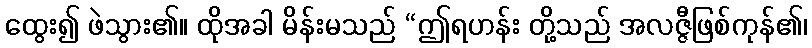
ထွေး၍ ဖဲသွား၏။ ထိုအခါ မိန်းမသည် “ဤရဟန်း တို့သည် အလဇ္ဇီဖြစ်ကုန်၏၊